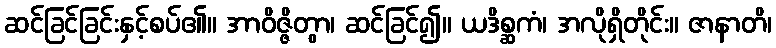
ဆင်ခြင်ခြင်းနှင့်စပ်၏။ အာဝိဇ္ဇိတွာ၊ ဆင်ခြင်၍။ ယဒိစ္ဆကံ၊ အလိုရှိတိုင်း။ ဇာနာတိ၊